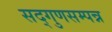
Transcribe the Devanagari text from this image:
सद्गुणसम्पन्न